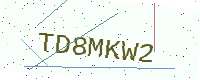
Text: TD8MKW2